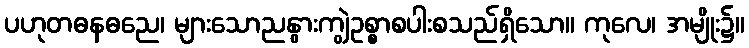
ပဟုတဓနဓညေ၊ များသောညနွားကျွဲဥစ္စာစပါးစသည်ရှိသော။ ကုလေ၊ အမျိုး၌။